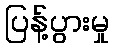
ပြန့်ပွားမှု